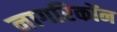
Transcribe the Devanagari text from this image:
नागरिकोंन